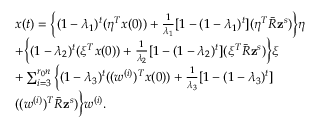
\begin{array} { r l } & { x ( t ) = \Big \{ ( 1 - \lambda _ { 1 } ) ^ { t } ( \eta ^ { T } x ( 0 ) ) + \frac { 1 } { \lambda _ { 1 } } [ 1 - ( 1 - \lambda _ { 1 } ) ^ { t } ] ( \eta ^ { T } \bar { R } \mathbf { z } ^ { s } ) \Big \} \eta } \\ & { + \Big \{ ( 1 - \lambda _ { 2 } ) ^ { t } ( \xi ^ { T } x ( 0 ) ) + \frac { 1 } { \lambda _ { 2 } } [ 1 - ( 1 - \lambda _ { 2 } ) ^ { t } ] ( \xi ^ { T } \bar { R } \mathbf { z } ^ { s } ) \Big \} \xi } \\ & { + \sum _ { i = 3 } ^ { r _ { 0 } n } \Big \{ ( 1 - \lambda _ { 3 } ) ^ { t } ( ( w ^ { ( i ) } ) ^ { T } x ( 0 ) ) + \frac { 1 } { \lambda _ { 3 } } [ 1 - ( 1 - \lambda _ { 3 } ) ^ { t } ] } \\ & { ( ( w ^ { ( i ) } ) ^ { T } \bar { R } \mathbf { z } ^ { s } ) \Big \} w ^ { ( i ) } . } \end{array}